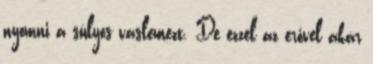
nyomni a súlyos vaslemezt. De ezzel az erővel akár